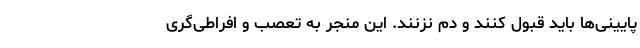
پایینی‌ها باید قبول کنند و دم نزنند. این منجر به تعصب و افراطی‌گری